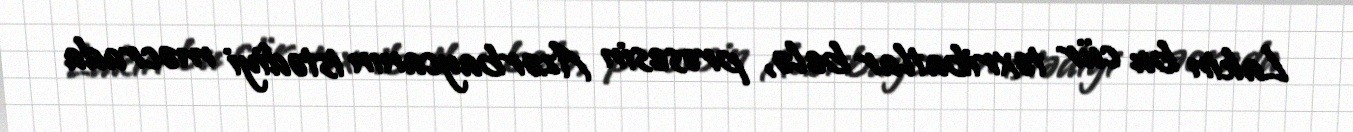
Lakin bu cür təxribatlar belə, prosesin Azərbaycanın istədiyi məcrada